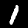
Digit: 1